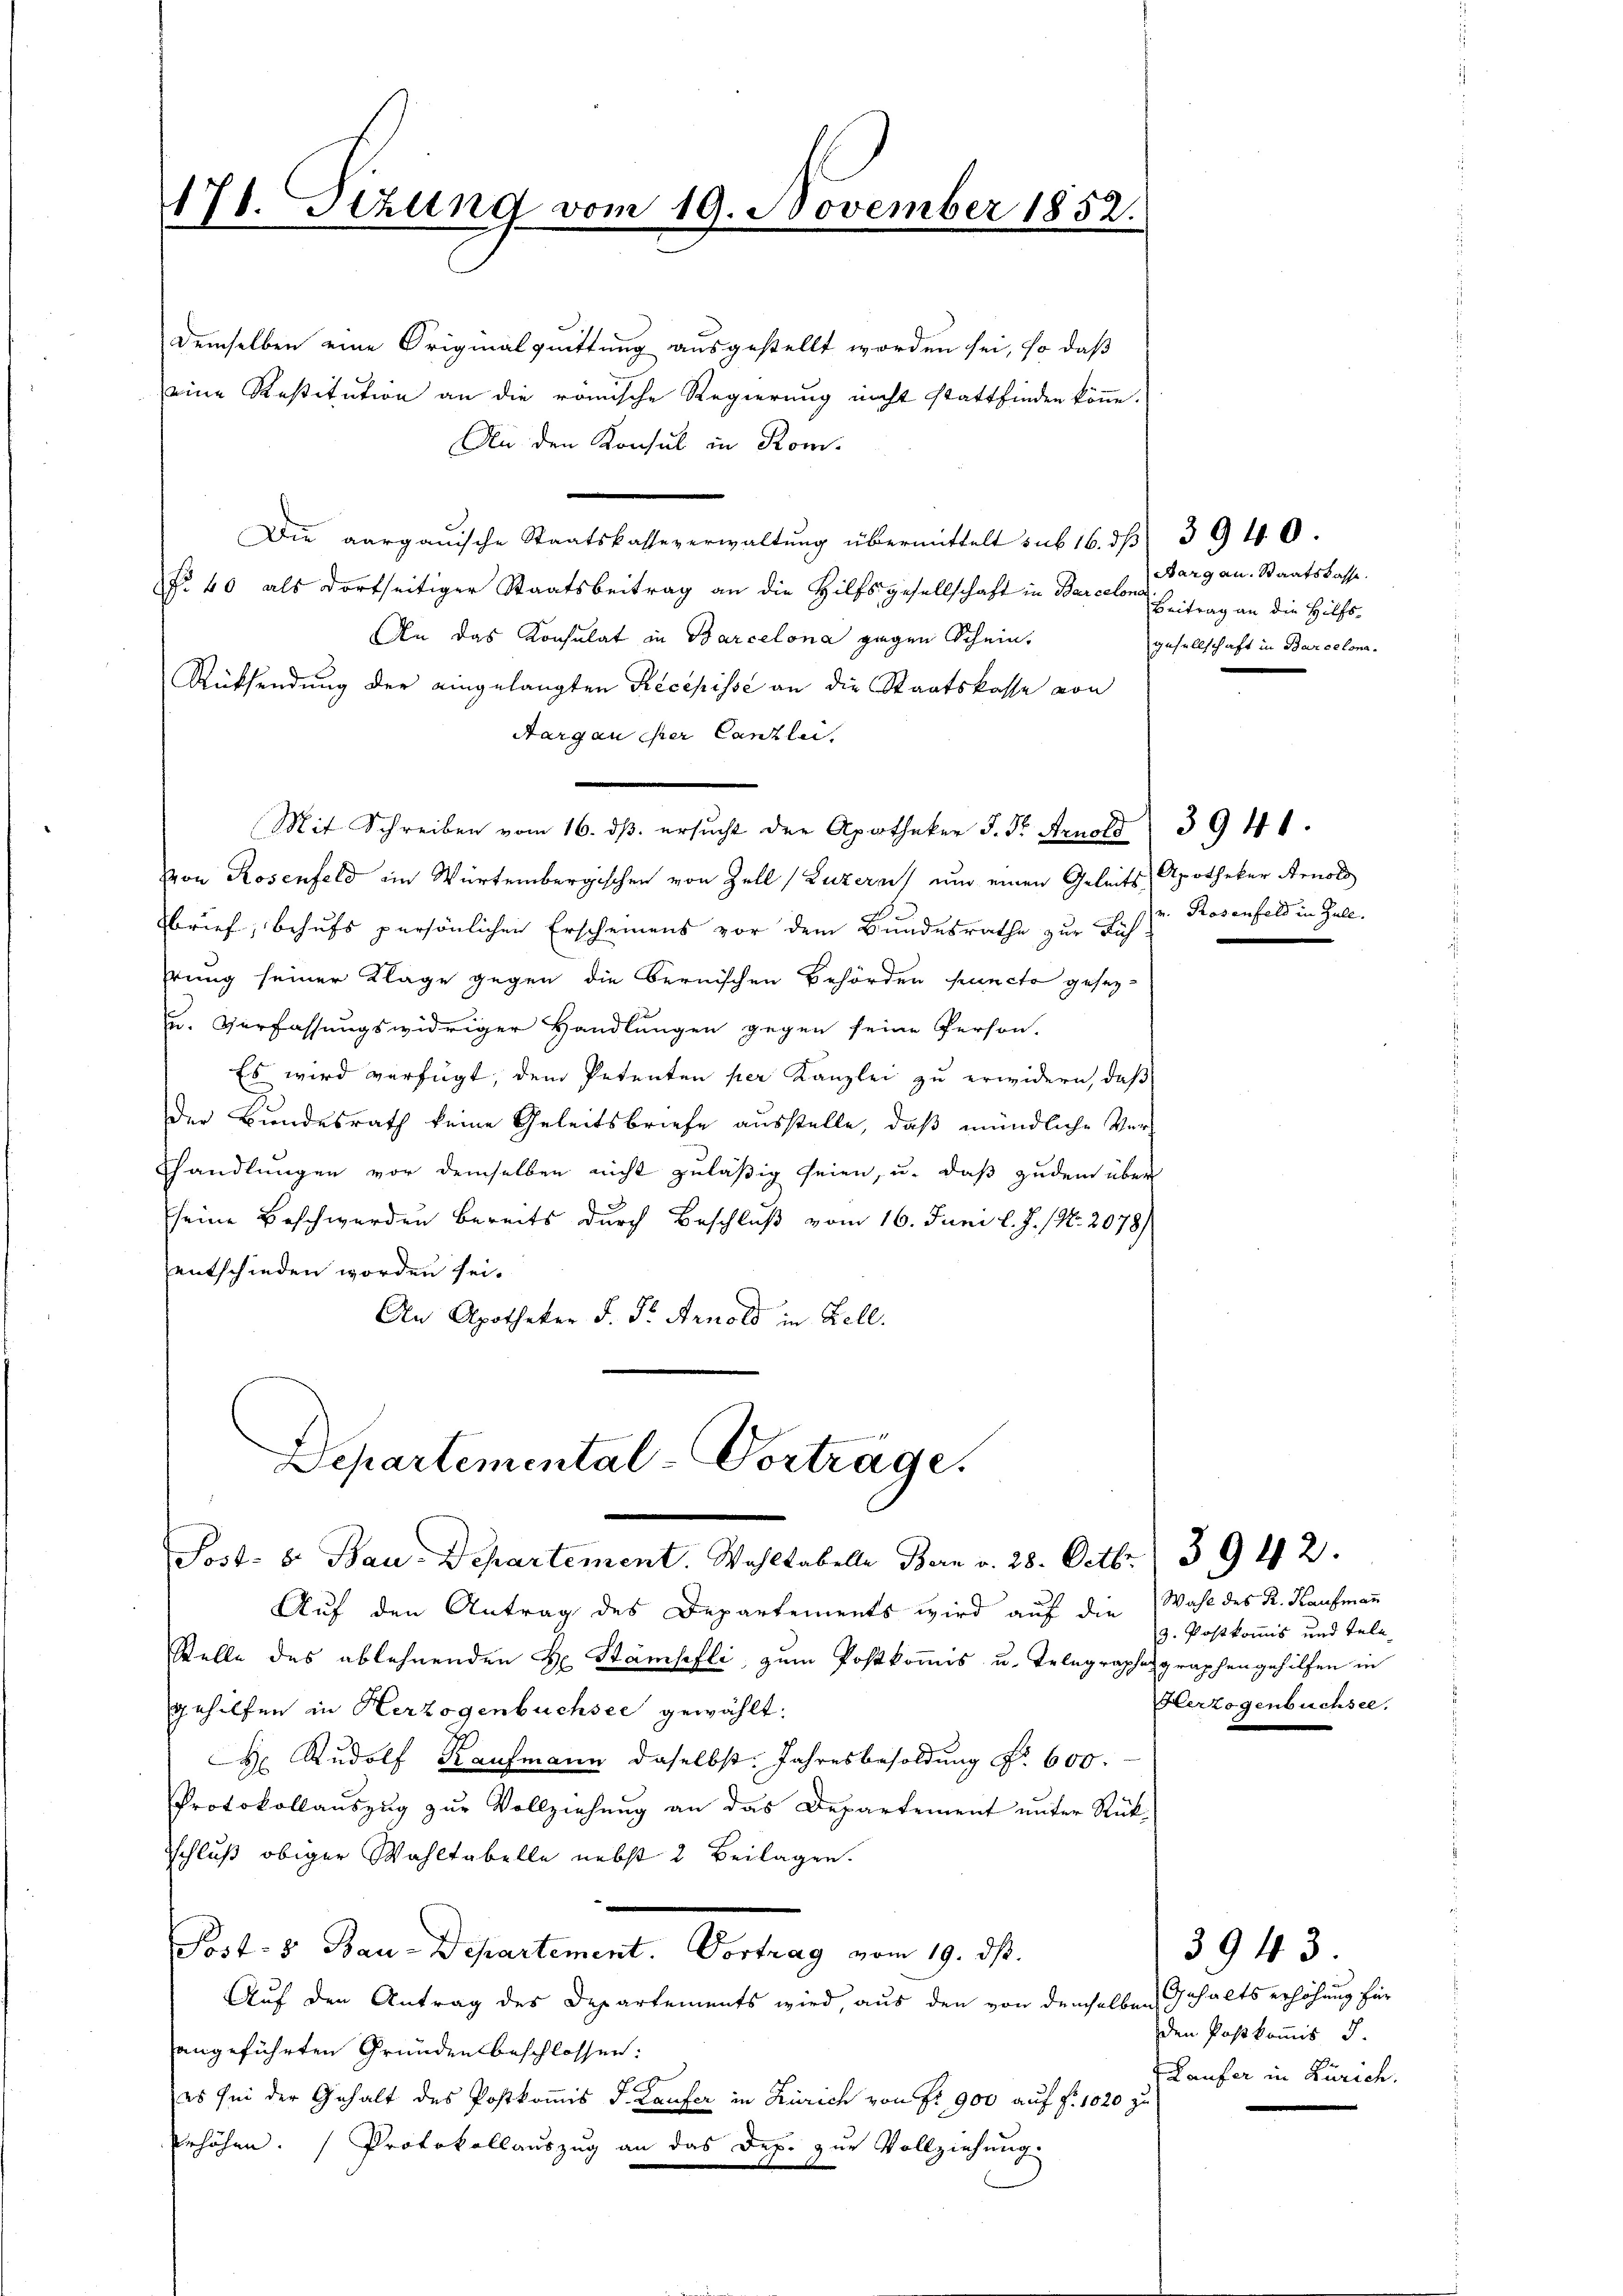
171. Sizung vom 19. November 1852.

demselben eine Originalquittung ausgestellt worden sei, so daß
eine Restitution an die römische Regierung nicht stattfinden könne.
An den Konsul in Kom-
Die aargauische Staatskasse verwaltŭng übermittelt sub 16. dβ 3940.
§. 40 als dortseitiger Staatsbeitrag an die Hilfsgesellschaft in Barcelon Beitrag an die Hilfs-
An das Konsulat in Barcelona gegen Schein,
Rücksendung der eingelangten Recepisse an die Staatskasse von
Aargau ihrer Canzlei.
von Rosenfeld im Würtembergischen von Zell (Luzern) und einen Geleits Apotheker Arnold
brief, behufs persönlichen Erscheinens vor dem Bundesrathe zur Lich
rung seiner Klage gegen die Bernischen Behörden puncto gesez¬
u. Verfassungswidriger Handlungen gegen seine Person.
Es wird verfügt, dem Petenten per Kanzlei zu erwidern, daß
der Bundesrath keine Geleitsbriefe ausstelle, daß mündliche Ver¬
Thandlungen vor demselben nicht zuläßig seien, u. daß zudem über
seine Beschwerden bereits durch Beschluß vom 16. Juni l. J. / No. 2078)
entschieden worden sei.
An Apotheker J. Dr. Arnold in Zell.

Mit Schreiben vom 16. dβ ersŭcht der Apotheker J. Fr. Arnold 3941.

Departemental-Vorträge.
.
Sost- 8. Bau-Departement. Wahltabelle Bern v. 28. Octbr. 3942.

Aargau. Staatskasse.
gesellschaft in Barcelona¬

Auf den Antrag des Departements wird auf die
Stelle des ablehnenden H. Stämpfli, zum Postkommis u. Telegraphes graphengehilfen in
gehilfen in Herzogenbüchsee gewählt:
H Rudolf Kaufmann daselbst. Jahresbesoldung Nr. 600.
Protokollauszug zur Vollziehung an das Departement unter Rück-
Schluß obiger Wahltabelle nebst 2 Beilagen.
Post- & Bau-Departement. Vortrag vom 19. ds.
Auf den Antrag des Departements wird, aus den von demselben Gehalts erhöhung für
angeführten Gründen beschlossen:
es sei der Gehalt des Postkomis J. Laufer in Zürich von Fr. 900 auf §. 1020 zu
Erhöhen. Protokollauszug an das Dep. zur Vollziehung.

v. Rosenfeld in Zell.

Wahl des R. Kaufmann
3. Postkommis und Tele
Vterzogenbuchsel.

3943.
den Postkommis d.
Laufer in Zürich.